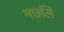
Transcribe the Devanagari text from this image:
मछलि